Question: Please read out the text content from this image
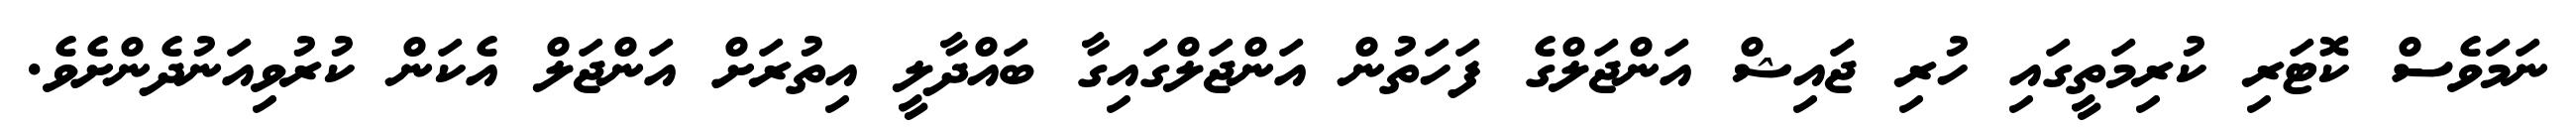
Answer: ނަމަވެސް ކޮޓަރި ކުރިމަތީގައި ހުރި ޖައިޝް އަންޖަލްގެ ފަހަތުން އަންޖަލްގައިގާ ބައްދާލީ އިތުރަށް އަންޖަލް އެކަން ކުރުވިއަނުދެންށެވެ.